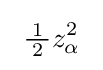
\ {\tfrac {\!\ 1\!\ }{2}}z_{\alpha }^{2}\